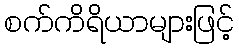
စက်ကိရိယာများဖြင့်